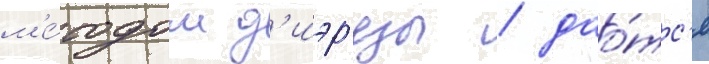
м'е́тодом д'иэр'езы / дао́тс'я